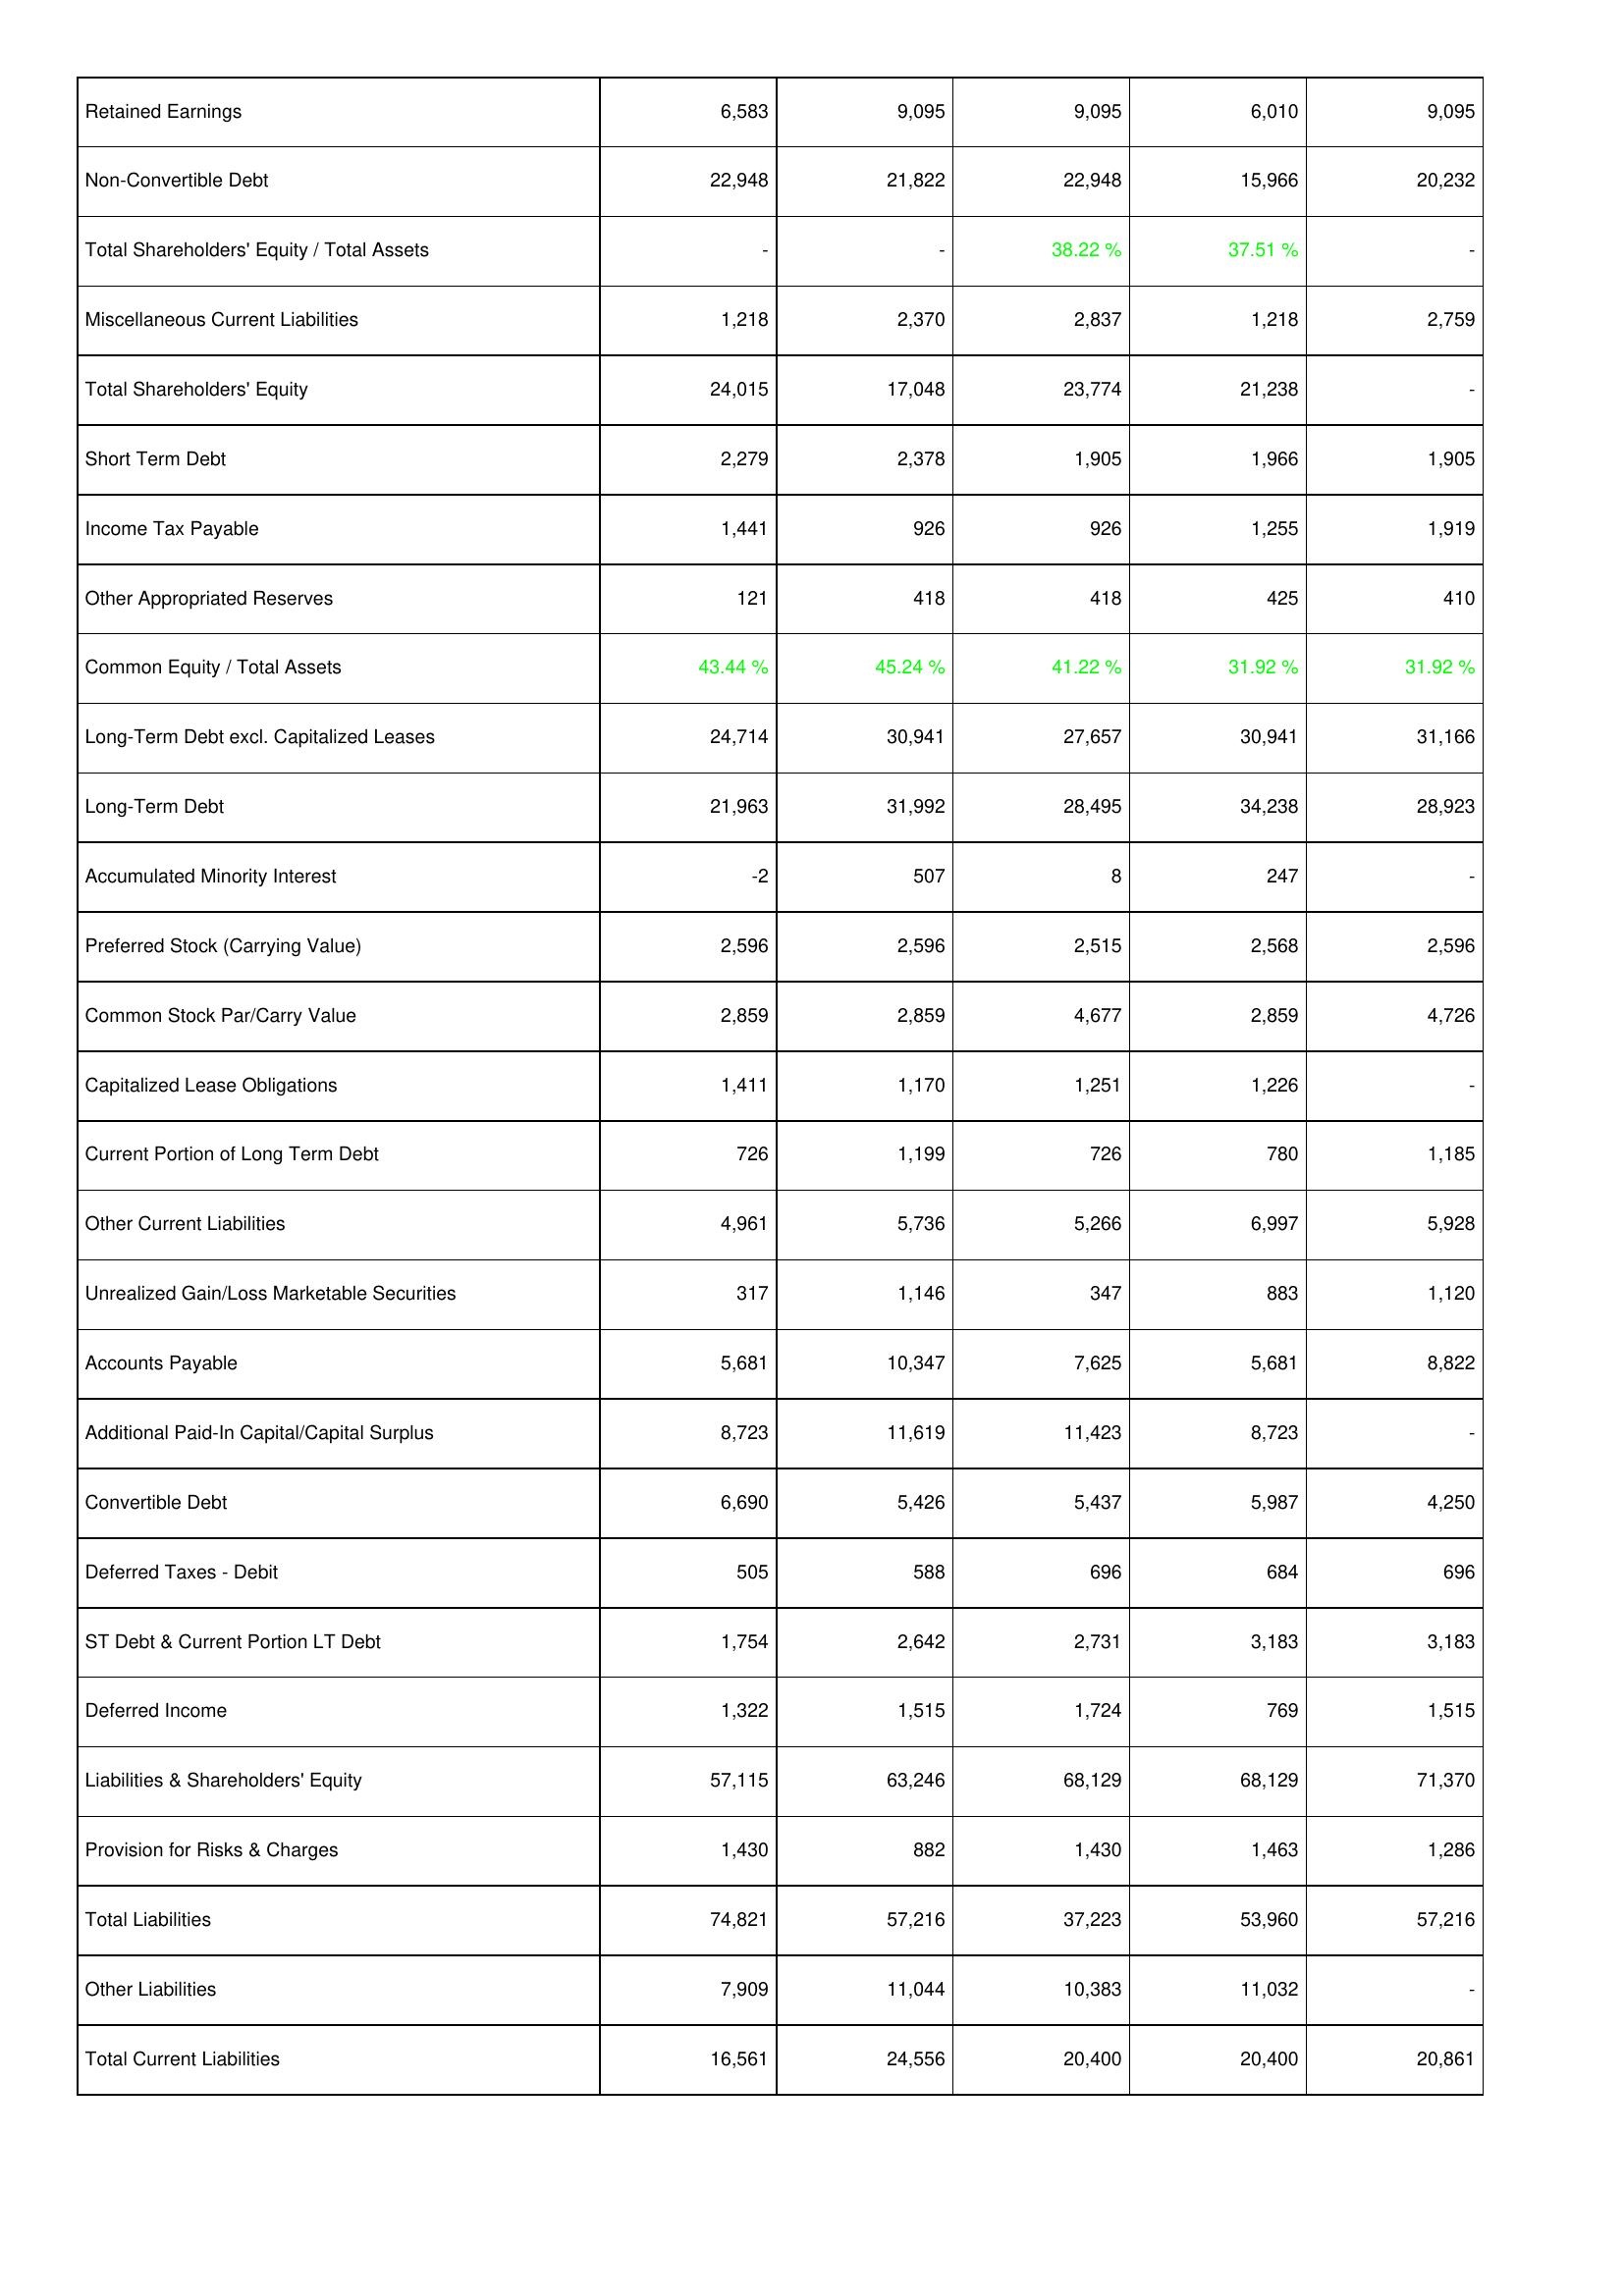
2024: Liabilities & Shareholders' Equity: Retained Earnings: 6,583
Non-Convertible Debt: 22,948
Total Shareholders' Equity / Total Assets: -
Miscellaneous Current Liabilities: 1,218
Total Shareholders' Equity: 24,015
Short Term Debt: 2,279
Income Tax Payable: 1,441
Other Appropriated Reserves: 121
Common Equity / Total Assets: 43.44 %
Long-Term Debt excl. Capitalized Leases: 24,714
Long-Term Debt: 21,963
Accumulated Minority Interest: -2
Preferred Stock (Carrying Value): 2,596
Common Stock Par/Carry Value: 2,859
Capitalized Lease Obligations: 1,411
Current Portion of Long Term Debt: 726
Other Current Liabilities: 4,961
Unrealized Gain/Loss Marketable Securities: 317
Accounts Payable: 5,681
Additional Paid-In Capital/Capital Surplus: 8,723
Convertible Debt: 6,690
Deferred Taxes - Debit: 505
ST Debt & Current Portion LT Debt: 1,754
Deferred Income: 1,322
Liabilities & Shareholders' Equity: 57,115
Provision for Risks & Charges: 1,430
Total Liabilities: 74,821
Other Liabilities: 7,909
Total Current Liabilities: 16,561
2023: Liabilities & Shareholders' Equity: Retained Earnings: 9,095
Non-Convertible Debt: 21,822
Total Shareholders' Equity / Total Assets: -
Miscellaneous Current Liabilities: 2,370
Total Shareholders' Equity: 17,048
Short Term Debt: 2,378
Income Tax Payable: 926
Other Appropriated Reserves: 418
Common Equity / Total Assets: 45.24 %
Long-Term Debt excl. Capitalized Leases: 30,941
Long-Term Debt: 31,992
Accumulated Minority Interest: 507
Preferred Stock (Carrying Value): 2,596
Common Stock Par/Carry Value: 2,859
Capitalized Lease Obligations: 1,170
Current Portion of Long Term Debt: 1,199
Other Current Liabilities: 5,736
Unrealized Gain/Loss Marketable Securities: 1,146
Accounts Payable: 10,347
Additional Paid-In Capital/Capital Surplus: 11,619
Convertible Debt: 5,426
Deferred Taxes - Debit: 588
ST Debt & Current Portion LT Debt: 2,642
Deferred Income: 1,515
Liabilities & Shareholders' Equity: 63,246
Provision for Risks & Charges: 882
Total Liabilities: 57,216
Other Liabilities: 11,044
Total Current Liabilities: 24,556
2022: Liabilities & Shareholders' Equity: Retained Earnings: 9,095
Non-Convertible Debt: 22,948
Total Shareholders' Equity / Total Assets: 38.22 %
Miscellaneous Current Liabilities: 2,837
Total Shareholders' Equity: 23,774
Short Term Debt: 1,905
Income Tax Payable: 926
Other Appropriated Reserves: 418
Common Equity / Total Assets: 41.22 %
Long-Term Debt excl. Capitalized Leases: 27,657
Long-Term Debt: 28,495
Accumulated Minority Interest: 8
Preferred Stock (Carrying Value): 2,515
Common Stock Par/Carry Value: 4,677
Capitalized Lease Obligations: 1,251
Current Portion of Long Term Debt: 726
Other Current Liabilities: 5,266
Unrealized Gain/Loss Marketable Securities: 347
Accounts Payable: 7,625
Additional Paid-In Capital/Capital Surplus: 11,423
Convertible Debt: 5,437
Deferred Taxes - Debit: 696
ST Debt & Current Portion LT Debt: 2,731
Deferred Income: 1,724
Liabilities & Shareholders' Equity: 68,129
Provision for Risks & Charges: 1,430
Total Liabilities: 37,223
Other Liabilities: 10,383
Total Current Liabilities: 20,400
2021: Liabilities & Shareholders' Equity: Retained Earnings: 6,010
Non-Convertible Debt: 15,966
Total Shareholders' Equity / Total Assets: 37.51 %
Miscellaneous Current Liabilities: 1,218
Total Shareholders' Equity: 21,238
Short Term Debt: 1,966
Income Tax Payable: 1,255
Other Appropriated Reserves: 425
Common Equity / Total Assets: 31.92 %
Long-Term Debt excl. Capitalized Leases: 30,941
Long-Term Debt: 34,238
Accumulated Minority Interest: 247
Preferred Stock (Carrying Value): 2,568
Common Stock Par/Carry Value: 2,859
Capitalized Lease Obligations: 1,226
Current Portion of Long Term Debt: 780
Other Current Liabilities: 6,997
Unrealized Gain/Loss Marketable Securities: 883
Accounts Payable: 5,681
Additional Paid-In Capital/Capital Surplus: 8,723
Convertible Debt: 5,987
Deferred Taxes - Debit: 684
ST Debt & Current Portion LT Debt: 3,183
Deferred Income: 769
Liabilities & Shareholders' Equity: 68,129
Provision for Risks & Charges: 1,463
Total Liabilities: 53,960
Other Liabilities: 11,032
Total Current Liabilities: 20,400
2020: Liabilities & Shareholders' Equity: Retained Earnings: 9,095
Non-Convertible Debt: 20,232
Total Shareholders' Equity / Total Assets: -
Miscellaneous Current Liabilities: 2,759
Total Shareholders' Equity: -
Short Term Debt: 1,905
Income Tax Payable: 1,919
Other Appropriated Reserves: 410
Common Equity / Total Assets: 31.92 %
Long-Term Debt excl. Capitalized Leases: 31,166
Long-Term Debt: 28,923
Accumulated Minority Interest: -
Preferred Stock (Carrying Value): 2,596
Common Stock Par/Carry Value: 4,726
Capitalized Lease Obligations: -
Current Portion of Long Term Debt: 1,185
Other Current Liabilities: 5,928
Unrealized Gain/Loss Marketable Securities: 1,120
Accounts Payable: 8,822
Additional Paid-In Capital/Capital Surplus: -
Convertible Debt: 4,250
Deferred Taxes - Debit: 696
ST Debt & Current Portion LT Debt: 3,183
Deferred Income: 1,515
Liabilities & Shareholders' Equity: 71,370
Provision for Risks & Charges: 1,286
Total Liabilities: 57,216
Other Liabilities: -
Total Current Liabilities: 20,861